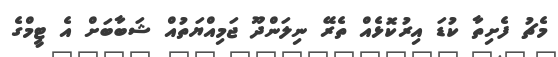
މެޗު ފެށިތާ ކުޑަ އިރުކޮޅެއް ތެރޭ ނިލަންދޫ ޖަމިއްޔަތުއް ޝަބާބަށް އެ ޓީމްގެ